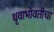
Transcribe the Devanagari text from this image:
धृवाभोवतीचा